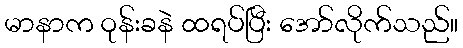
မာနာက ဝုန်းခနဲ ထရပ်ပြီး အော်လိုက်သည်။